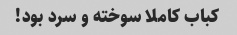
کباب کاملا سوخته و سرد بود!